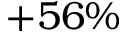
+ 5 6 \%